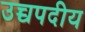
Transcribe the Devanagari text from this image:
उच्चपदीय